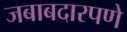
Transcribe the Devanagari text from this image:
जबाबदारपणे